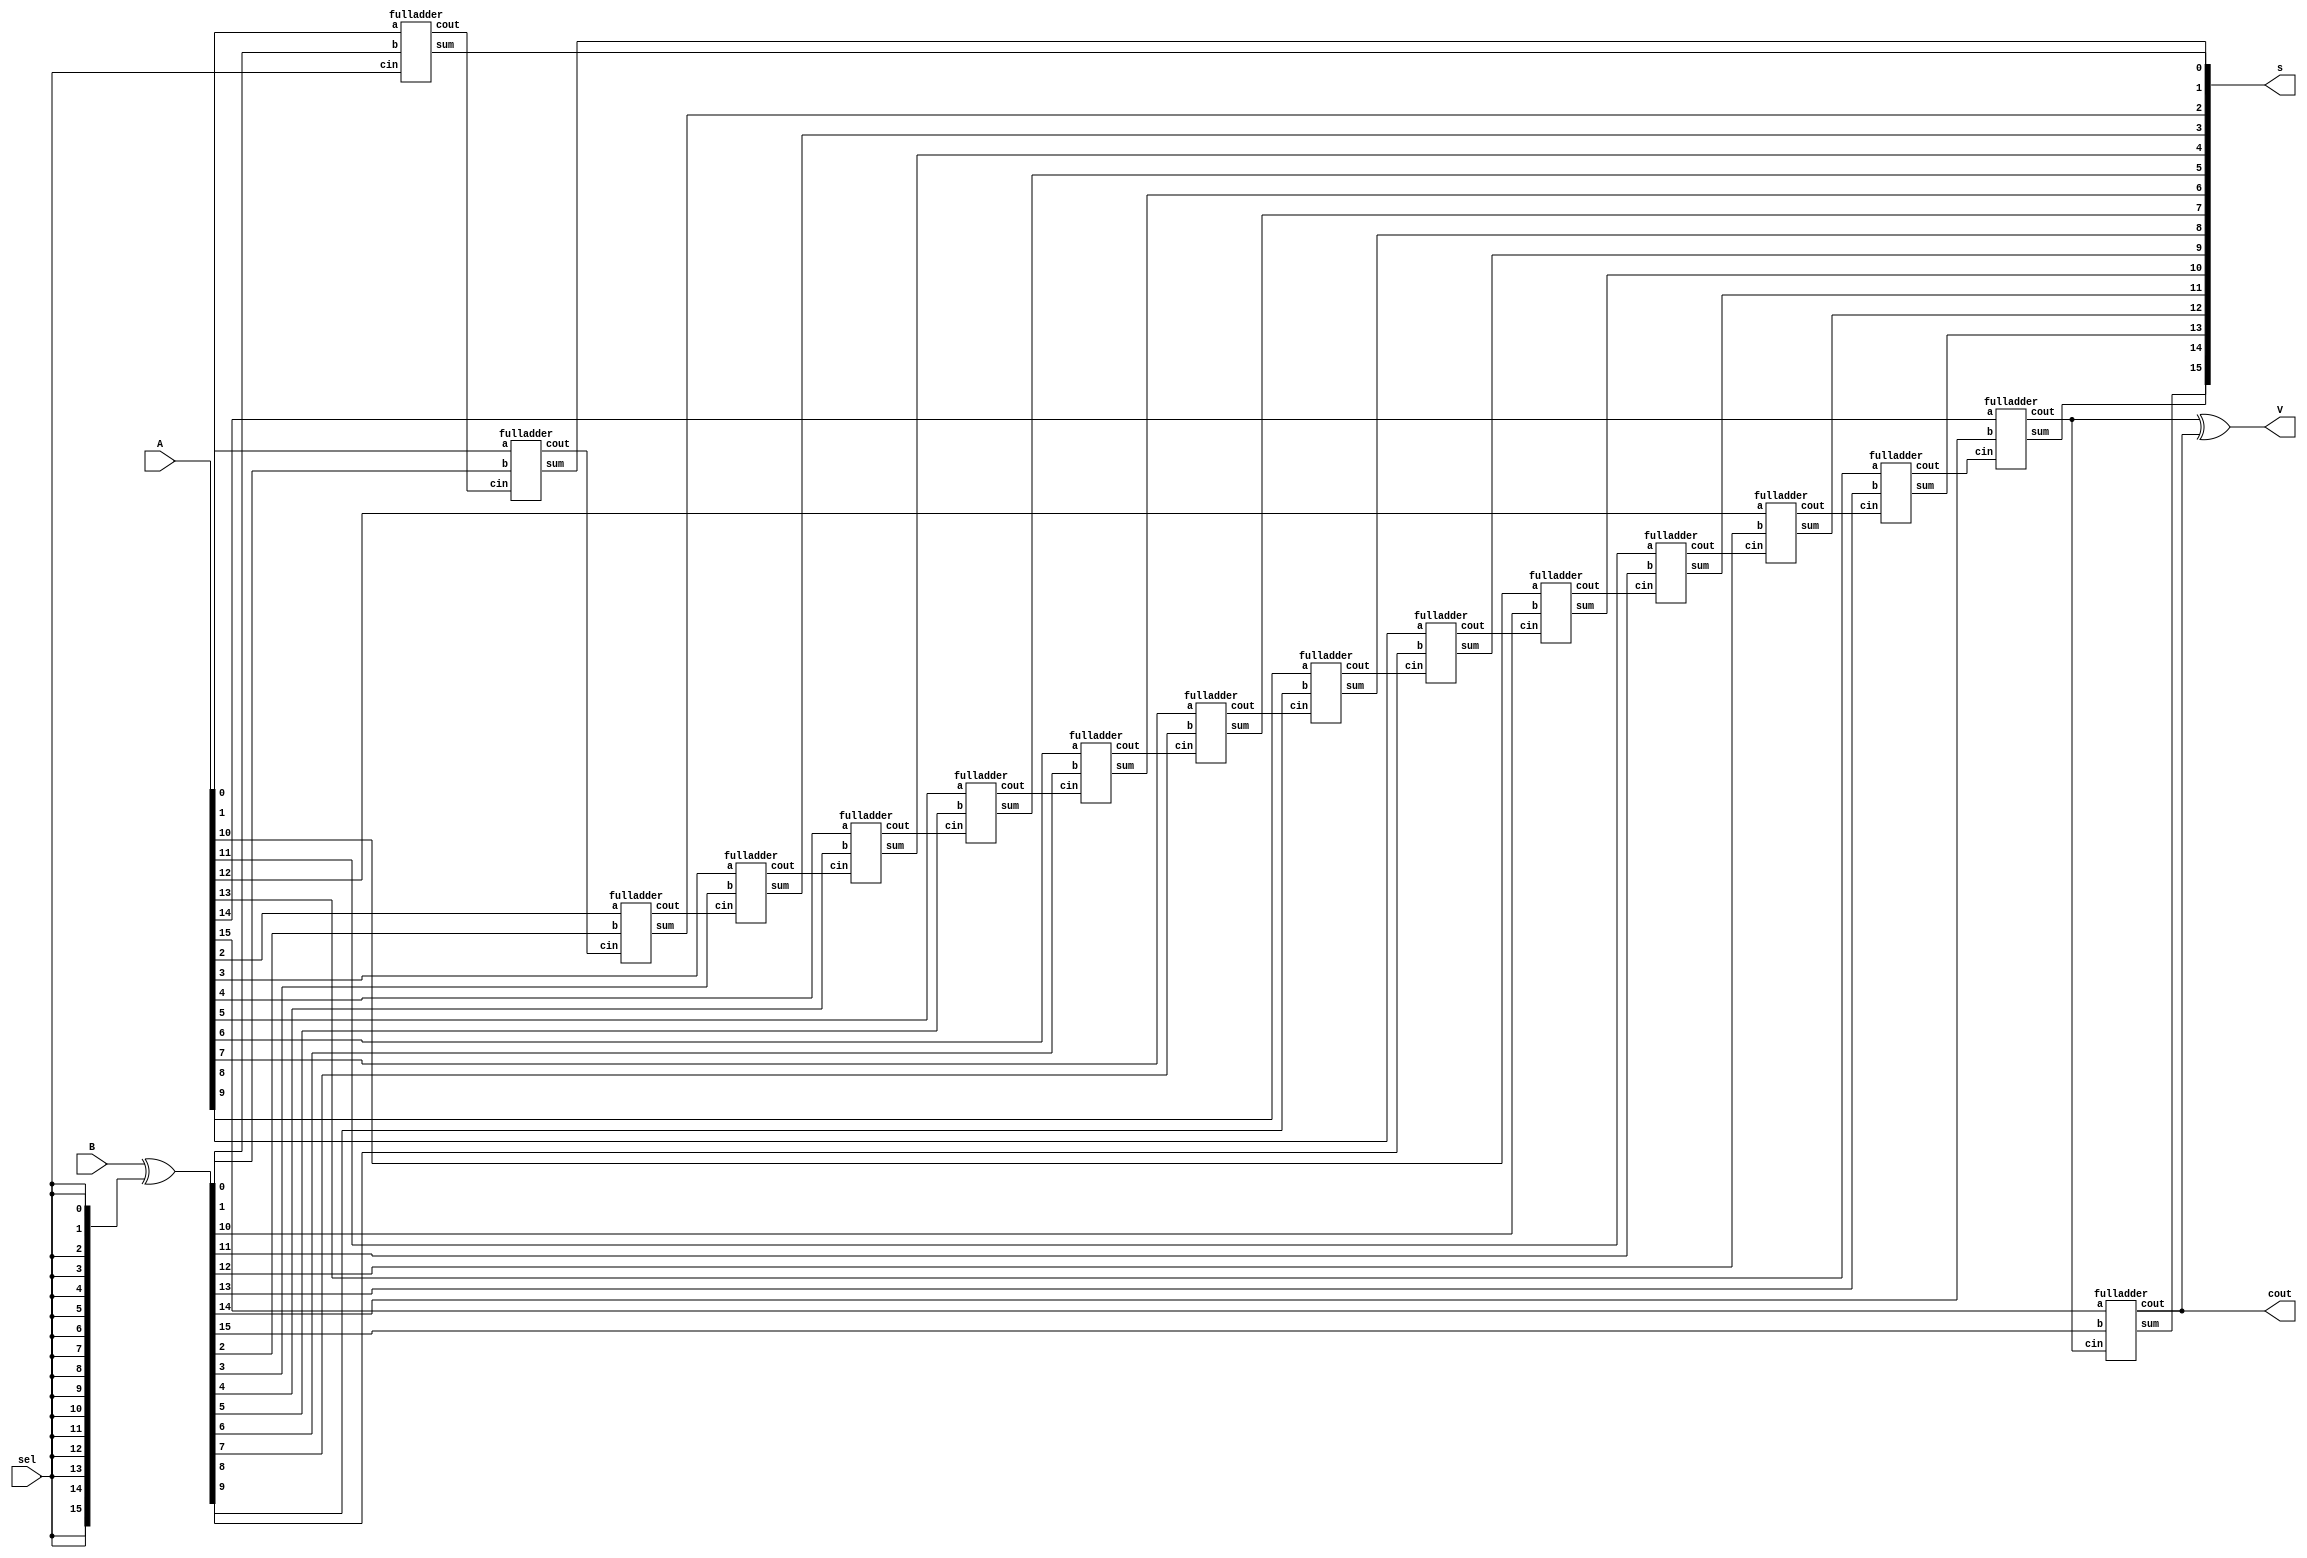

module add_sub(V,s,cout,sel,A,B);
input [15:0] A, B; // Declaration of two four-bit inputs
input sel; // and the one-bit input carry
output [15:0] s; // Declaration of the five-bit outputs
output V,cout;  //overflow bit
wire [15:0] D;
wire [15:1] c;  // internal carry wires
assign V= c[15] ^ cout;  // carry 3 or 4 creates an overflow
//overflow indicates wrong output
assign D=B ^({sel,sel,sel,sel,sel,sel,sel,sel,sel,sel,sel,sel,sel,sel,sel,sel});
fulladder fa0(A[0],D[0],sel,s[0],c[1]);
fulladder fa1(A[1],D[1],c[1],s[1],c[2]);
fulladder fa2(A[2],D[2],c[2],s[2],c[3]);
fulladder fa3(A[3],D[3],c[3],s[3],c[4]);
fulladder fa4(A[4],D[4],c[4],s[4],c[5]);
fulladder fa5(A[5],D[5],c[5],s[5],c[6]);
fulladder fa6(A[6],D[6],c[6],s[6],c[7]);
fulladder fa7(A[7],D[7],c[7],s[7],c[8]);
fulladder fa8(A[8],D[8],c[8],s[8],c[9]);
fulladder fa9(A[9],D[9],c[9],s[9],c[10]);
fulladder fa10(A[10],D[10],c[10],s[10],c[11]);
fulladder fa11(A[11],D[11],c[11],s[11],c[12]);
fulladder fa12(A[12],D[12],c[12],s[12],c[13]);
fulladder fa13(A[13],D[13],c[13],s[13],c[14]);
fulladder fa14(A[14],D[14],c[14],s[14],c[15]);
fulladder fa15(A[15],D[15],c[15],s[15],cout);
endmodule




module fulladder(a,b,cin,sum,cout);
  input a,b,cin;
  output sum,cout;
  reg sum,cout;
  always @ (a or b or cin)
  begin
    sum <= a ^ b ^ cin;
    cout <= (a & b) | (a & cin) | (b & cin);
  end
endmodule